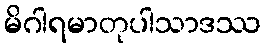
မိဂါရမာတုပါသာဒဿ